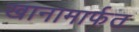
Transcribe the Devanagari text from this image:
खानामार्फत